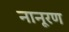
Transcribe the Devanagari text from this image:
नानूरण